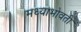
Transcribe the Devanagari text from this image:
मध्याभोवती